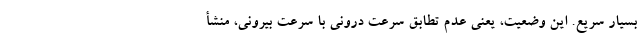
بسیار سریع. این وضعیت، یعنی عدم تطابق سرعت درونی با سرعت بیرونی، منشأ